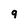
Character: 9